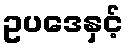
ဥပဒေနှင့်